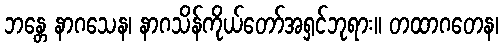
ဘန္တေ နာဂသေန၊ နာဂသိန်ကိုယ်တော်အရှင်ဘုရား။ တထာဂတေန၊